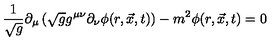
\frac { 1 } { \sqrt { g } } \partial _ { \mu } \left( \sqrt { g } g ^ { \mu \nu } \partial _ { \nu } \phi ( r , \vec { x } , t ) \right) - m ^ { 2 } \phi ( r , \vec { x } , t ) = 0